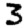
Digit: 3